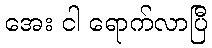
အေး ငါ ရောက်လာပြီ